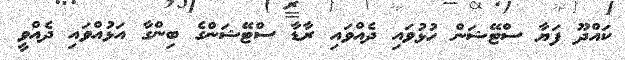
ކައްދޫ ފަޔާ ސްޓޭޝަން ހުޅުވައި ދެއްވައި ރާޑާ ސްޓޭޝަންގެ ބިންގާ އަޅުއްވައި ދެއްވީ